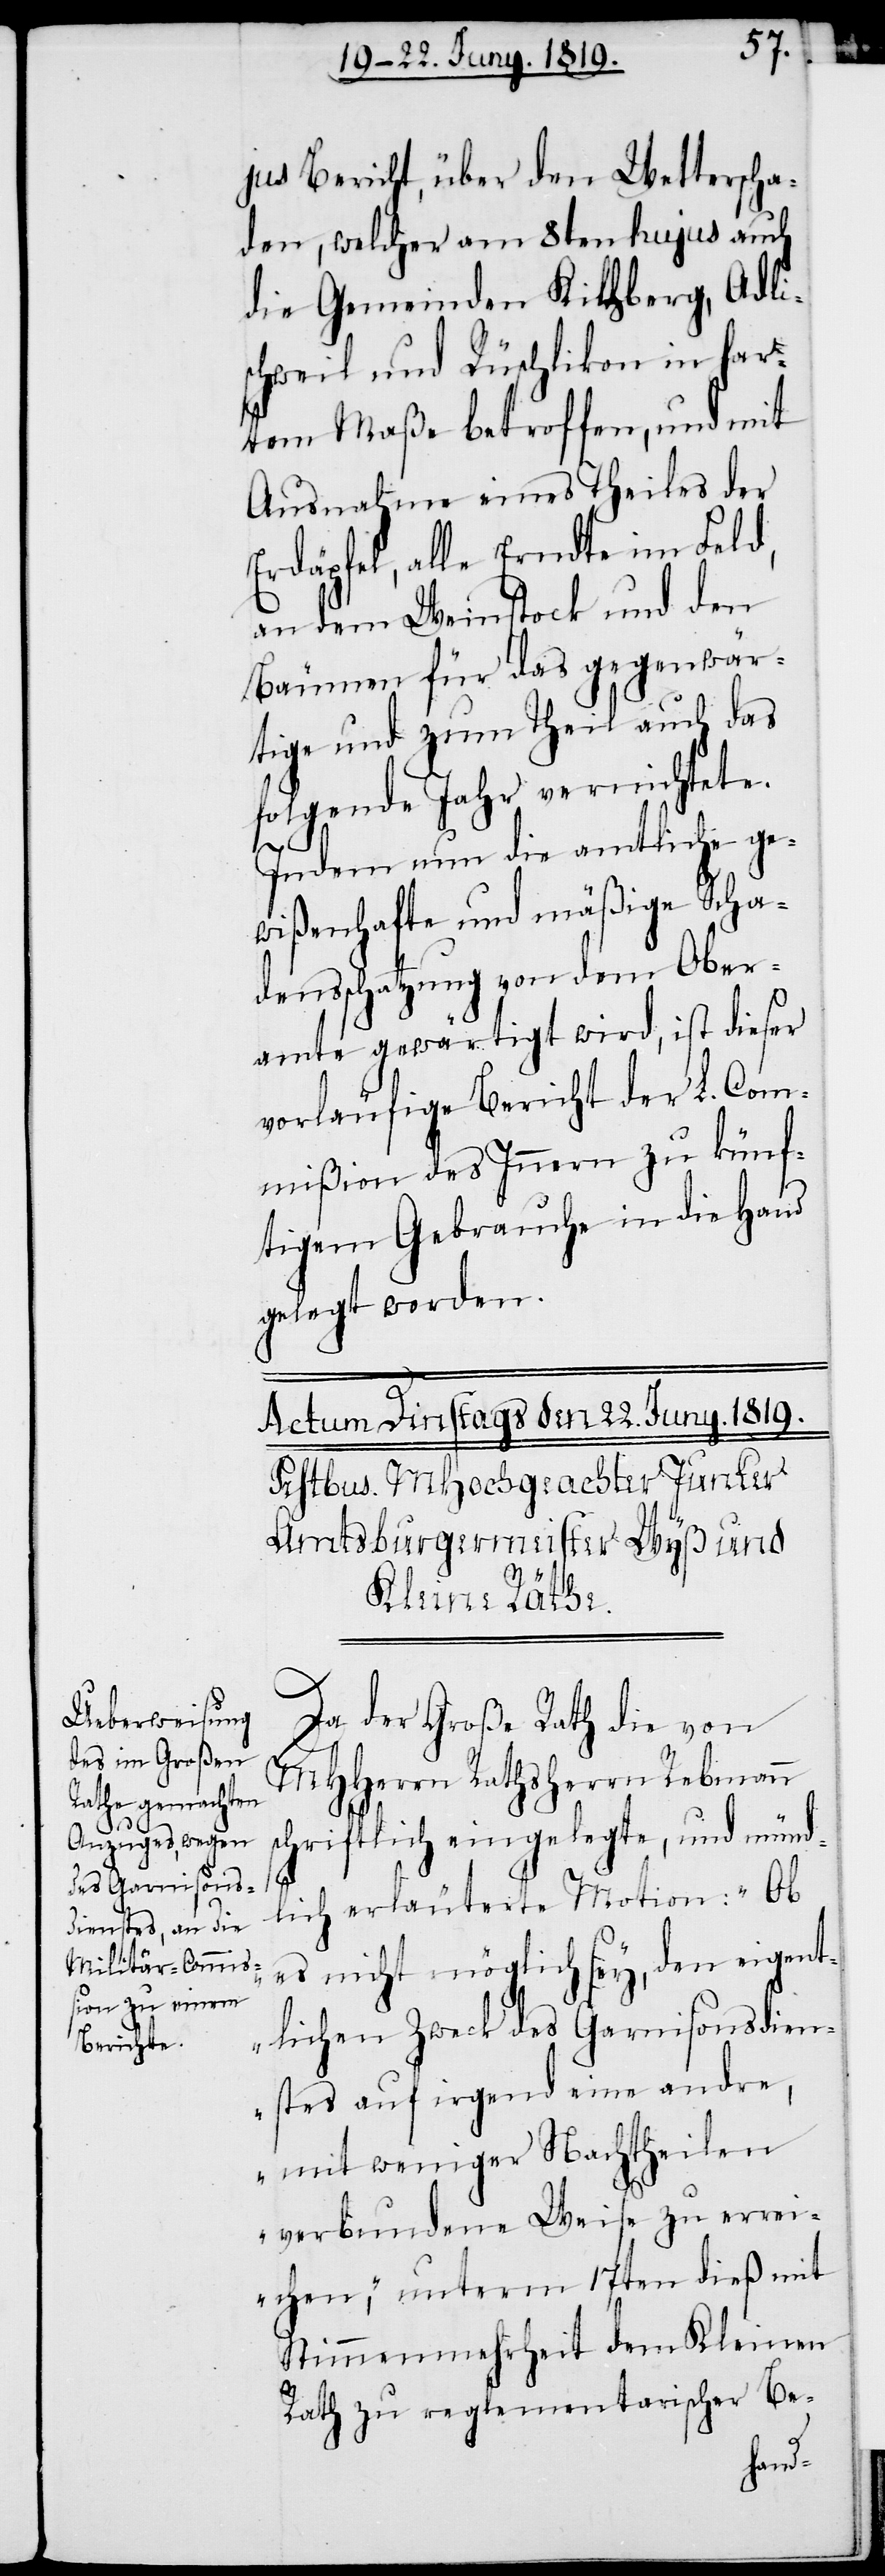
d.

jus Bericht, über den Wetterscha¬
den, welcher am 8ten hujus auch
die Gemeinden Kilchberg, Adli¬
schweil und Rüschlikon in har¬
tem Maße betroffen, und mit
Ausnahme eines Theiles der
Erdäpfel, alle Erndte im Feld,
an dem Weinstock und den
Bäumen für das gegenwär¬
tige und zum Theil auch das
folgende Jahr vernichtete.
Indem nun die amtliche ge¬
wißenhafte und mäßige Scha¬
densschatzung von dem Ober¬
amte gewärtigt wird, ist dieser
vorläufige Bericht der L. Com¬
mißion des Innern zu künf¬
tigem Gebrauche in die Hand
gelegt worden.
L.
Kenntniß gegeben.
Da der Große Rath die von
MHHerrn Rathsherrn Rebmann
schriftlich eingelegte, und münd¬
lich erläuterte Motion: „Ob
es nicht möglich sey, den eigent¬
lichen Zweck des Garnisonsdien¬
stes auf irgend eine andre,
mit weniger Nachtheilen
verbundene Weise zu errei¬
chen“, unterm 17ten dieß mit
Stimmenmehrheit dem Kleinen
Rath zu reglementarischer Be-